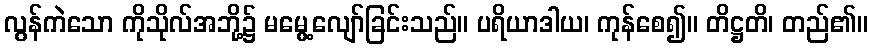
လွန်ကဲသော ကိုသိုလ်အဘို့၌ မမွေ့လျော်ခြင်းသည်။ ပရိယာဒါယ၊ ကုန်စေ၍။ တိဋ္ဌတိ၊ တည်၏။